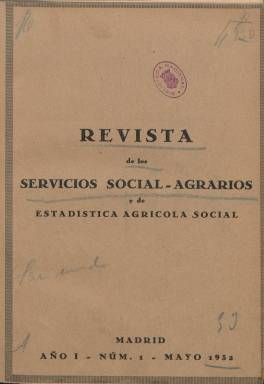
Título: Revista de los servicios social-agrarios y de estadística agrícola social
Otros títulos: Revista de los servicios social agrarios y de estadística agrícola y social
Colección: Agricultura y ganadería
Ámbito geográfico: Madrid
Lugar de publicación: Madrid
Fechas: 01/05/1932-31/12/1932

Publicación mensual que comienza a ser publicada en mayo de 1932, al mismo tiempo que se inicia el debate en la correspondiente comisión de las Cortes de uno de los proyectos más ambiciosos del periodo republicano: la reforma agraria. Es editada por los Servicios Social-Agrarios y de Estadística Agrícola Social, de la Inspección General Social-Agraria del Ministerio de Agricultura, Industria y Comercio, cuyo titular era Marcelino Domingo, miembro del Partido Republicano Radical Socialista, durante el primer bienio social azañista, cuyo mandato había comenzado en diciembre de 1931. Al frente de la citada Inspección General se encontraba, desde su creación por decreto de 16 de febrero de 1932, el ingeniero agrónomo y escritor Adolfo Vázquez Humasqué (1887-1975), miembro de Acción Republicana a quien Manuel Azaña (1880-1940) encargó la puesta en funcionamiento de dicha reforma.

El propio Vázquez Humasqué será el autor del artículo de presentación de la revista, en la que afirma: “Nos encontramos en un momento históricamente trascendental para el agro español; el de la iniciación de la Reforma Agraria. Bajo este título se comprende la doble transformación técnica y jurídica que reclama imperiosamente la agricultura patria. La República, consciente de sus deberes revolucionarios, coloca en el primer plano de su labor este vital problema”; y añadirá que la puesta en funcionamiento de la reforma agraria se hará “con la mira en el doble aspecto del servicio a la Justicia social y a la satisfacción de las exigencias de la economía nacional”.

Como órgano de la reforma agraria española impulsada a través de la citada inspección general, los trabajos que publique la revista serán artículos “doctrinales puramente objetivos, o resúmenes de hechos representativos de facetas diversas del complejo panorama peninsular”, se indicará en la propia publicación. “Sin embargo, es tan interesante para el País el análisis de cuanto a la Reforma Agraria se ofrece en el presente momento; importa tanto la refutación de argumentos expuestos en uno u otro sentido, que hacemos excepción de nuestro propósito, y dejamos a nuestros colaboradores, bajo su exclusiva responsabilidad, el libre albedrío en la crítica subjetiva”, se añadirá.

Con este título serán publicadas hasta ocho entregas, compuestas a dos columnas y con una paginación variable pero continuada, que suman casi el millar de páginas. Cada entrega inserta un sumario, pero al final de la número 8 y última, publica un Índice de todos textos publicados. Impresa en papel prensa, usa el cuché para insertar en cada número un retrato fotográfico de cada uno los máximos dirigentes gubernamentales encargados de la reforma, empezando por el del propio ministro; y en las páginas centrales para introducir otras fotografías relativas a algún reportaje sobre las actuaciones que se iniciaban en el medio rural español. También al final de la última entrega se da cuenta de quienes ostentaban las seis secciones de la Inspección General: Personal y asuntos generales, Pósitos, crédito agrícola, cooperación y seguros; Cámaras, sindicatos y asociaciones agrícolas; Contratación, arrendamientos, revisión y recursos; Colonización, parcelación y concentración parcelaria; e Inspección técnica de bienes comunales y mejoras agrarias.

La revista contiene decenas de artículos, y cada una de las secciones de la Inspección General tendrá la suya propia en la revista, junto a otra de la Junta Central de Reforma Agraria, que presidía el propio ministro. Citaremos sólo unos pocos de los casi setenta autores de sus textos: Santiago Alba, Antonio Ballester, Carmelo Benaiges de Aris, Constancio Bernaldo de Quirós, Fernando Campuzano, Rafael del Caño, Pascual Carrión, Jesús R. Coloma, Juan Díaz del Moral, Francisco Fernández de Navarrete, Antonio Garrigues, Antonio Lleó, José María de Marchesi, Jesús Miranda, Eusebio Suasi, José Tudela, Santiago Valiente, Eduardo de la Vega o el propio inspector general, Adolfo Vázquez Humasqué, y así como algunos de los jefes de los servicios citados. La revista también dará cuenta del desarrollo legislativo emprendido y ofrecerá así mismo numerosas informaciones, además de tener una sección bibliográfica.

Con la aprobación de la Ley de Bases de la Reforma Agraria, en septiembre de 1932, los servicios de la Inspección General Social-Agraria pasarán al creado Instituto de Reforma Agraria (IRA), cuyo director general será también Vázquez Humasqué, por nombramiento del trece de octubre. De tal forma, que aparece el IRA como editor de los números 7 (noviembre) y 8 (diciembre) de la revista. A partir de enero de 1933, este título será continuada por Boletín del Instituto de Reforma Agraria, también con periodicidad mensual y que continuará la secuencia numérica de la revista.